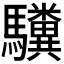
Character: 𫘚